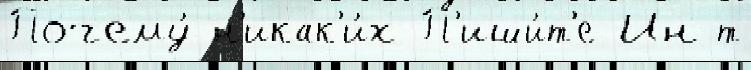
Почему́ н'икак'и́х П'иши́т'е Ин-т